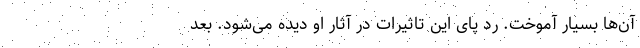
آن‌ها بسیار آموخت. رد پای این تاثیرات در آثار او دیده می‌شود. بعد